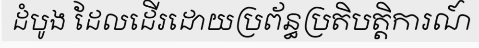
ដំបូង ដែលដើរដោយប្រព័ន្ធប្រតិបត្តិការណ៍